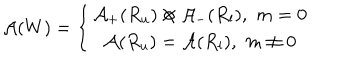
\mathcal { A } ( W ) = \left\{ \begin{array} { c } { { \mathcal { A } _ { + } ( R _ { u } ) \otimes \mathcal { A } _ { - } ( R _ { l } ) , \, \, m = 0 } } \\ { { \mathcal { A } ( R _ { u } ) = \mathcal { A } ( R _ { l } ) , \, \, m \neq 0 } } \\ \end{array} \right.